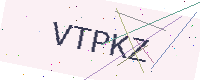
Text: VTPKZ